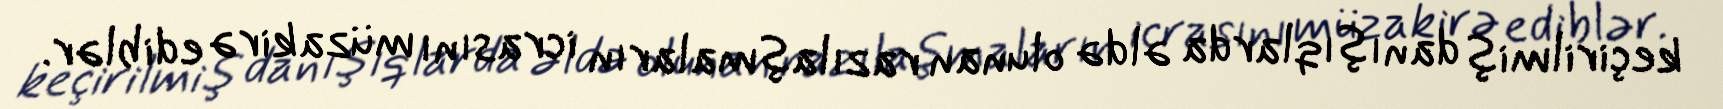
keçirilmiş danışıqlarda əldə olunan razılaşmaların icrasını müzakirə ediblər.